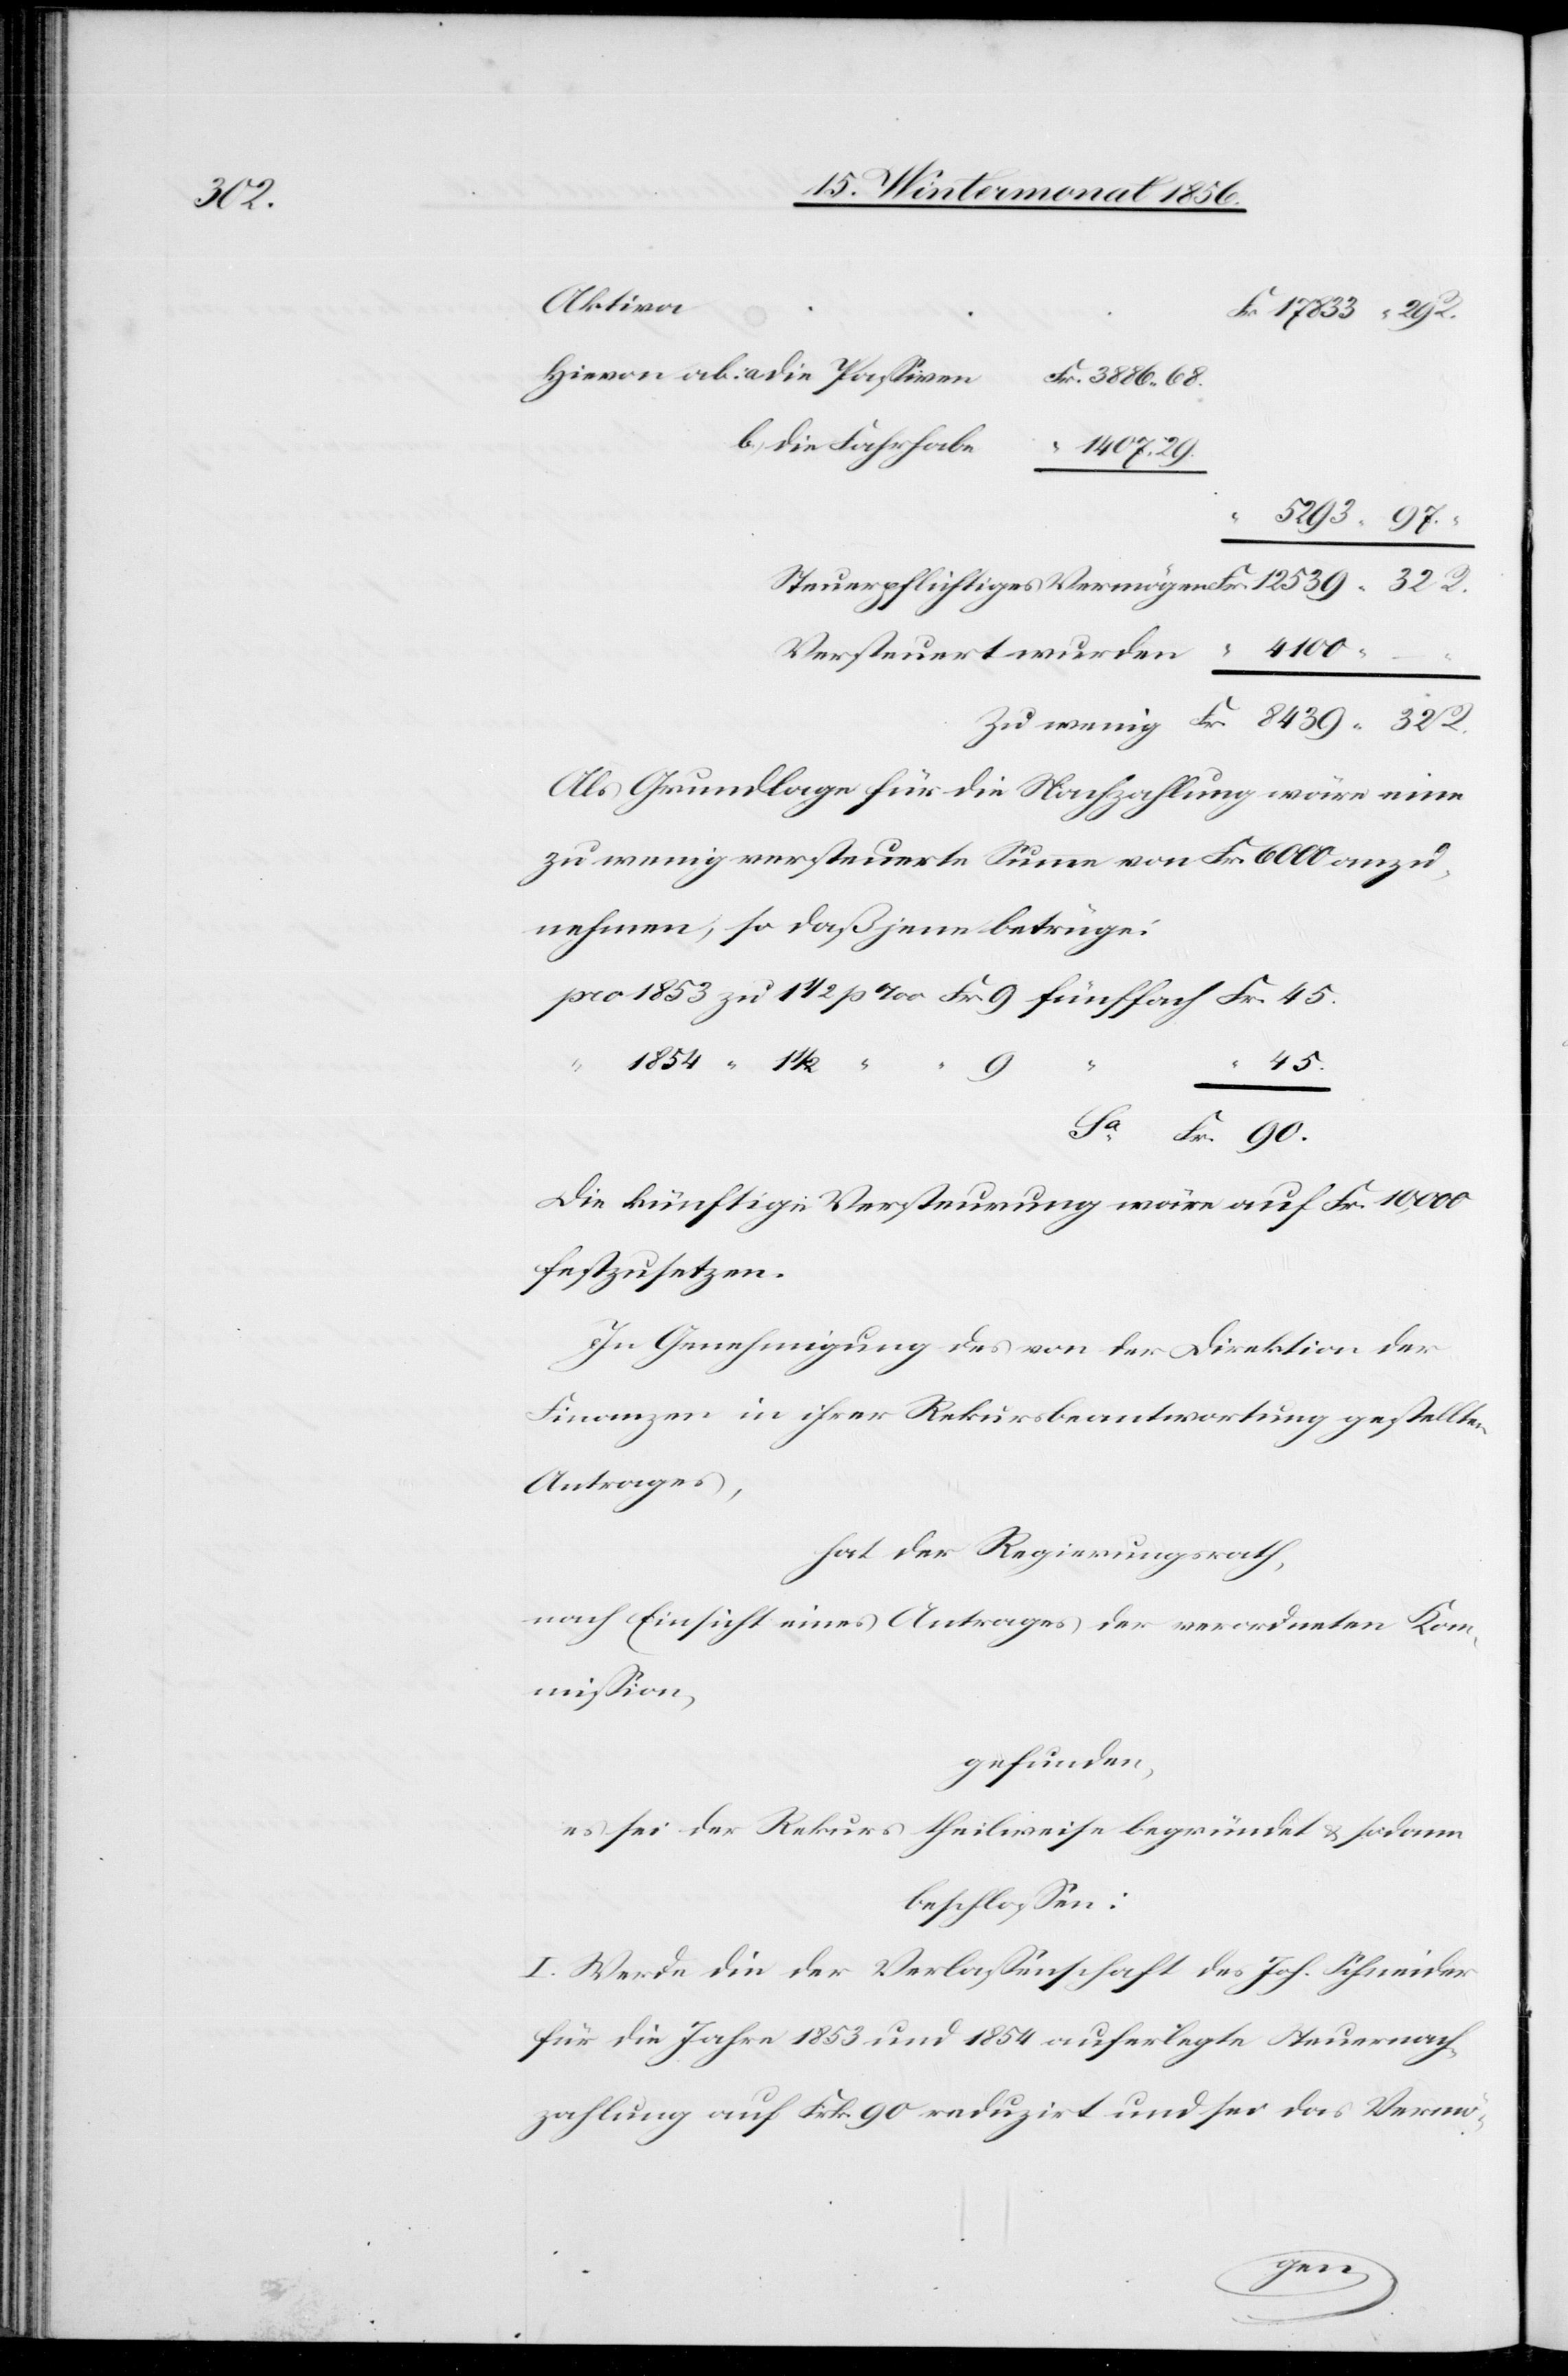
Fr.

Aktiva
Als Grundlage für die Nachzahlung wäre eine
zu wenig versteuerte Summe von Fr. 6000 anzu¬
nehmen, so daß jene betrüge:
R.
1854
½
45.
90.
Die künftige Versteurung wäre auf Fr. 10,000
festzusetzen.
In Genehmigung des von der Direktion der
Finanzen in ihrer Rekursbeantwortung gestellten
Antrages,
hat der Regierungsrath,
nach Einsicht eines Antrages der verordneten Kom¬
mission,
gefunden,
es sei der Rekurs theilweise begründet & sodann
beschlossen:
I. Werde die der Verlassenschaft des Joh. Schneider
für die Jahre 1853 und 1854 auferlegte Steuernach¬
zahlung auf Frk. 90 reduzirt und sei das Vermö-
wenig